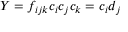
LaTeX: Y = f _ { i j k } c _ { i } c _ { j } c _ { k } = c _ { i } d _ { j }